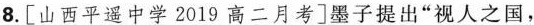
8.[山西平遥中学2019高二月考]墨子提出”视人之国，